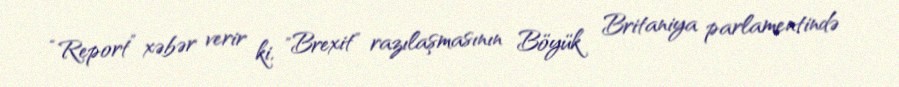
“Report” xəbər verir ki, "Brexit" razılaşmasının Böyük Britaniya parlamentində